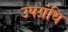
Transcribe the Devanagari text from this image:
उपग्रंथि